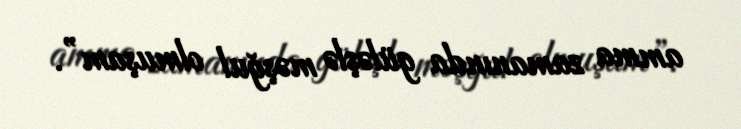
amma zamanında güləşlə məşğul olmuşam”.